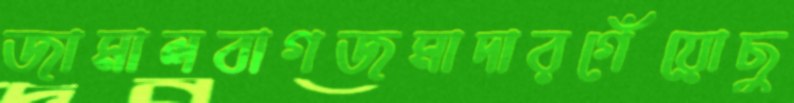
জামালবাগজমাদারগেঁয়োছু